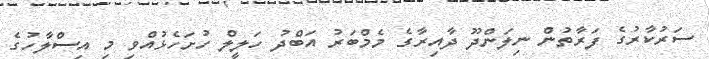
ސަރުކާރުގެ ފަރާތުން ނިލަންދޫ ދާއިރާގެ މެމްބަރު އަބްދު ހަލީލް ހުށަހެޅުއްވި މި އިސްލާހުގެ